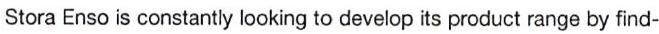
Stora Enso is constantly looking to develop its product range by find-